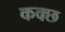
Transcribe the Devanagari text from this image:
कक्छ